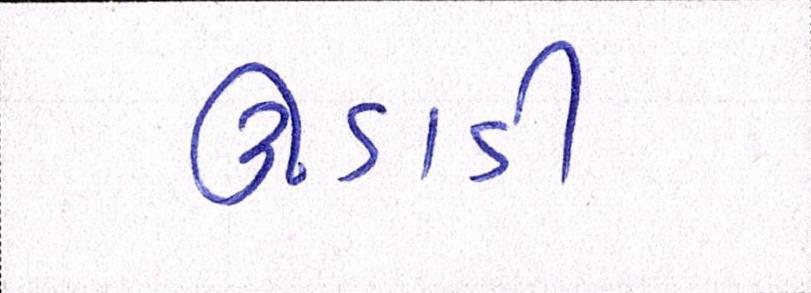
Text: ઊડાડી